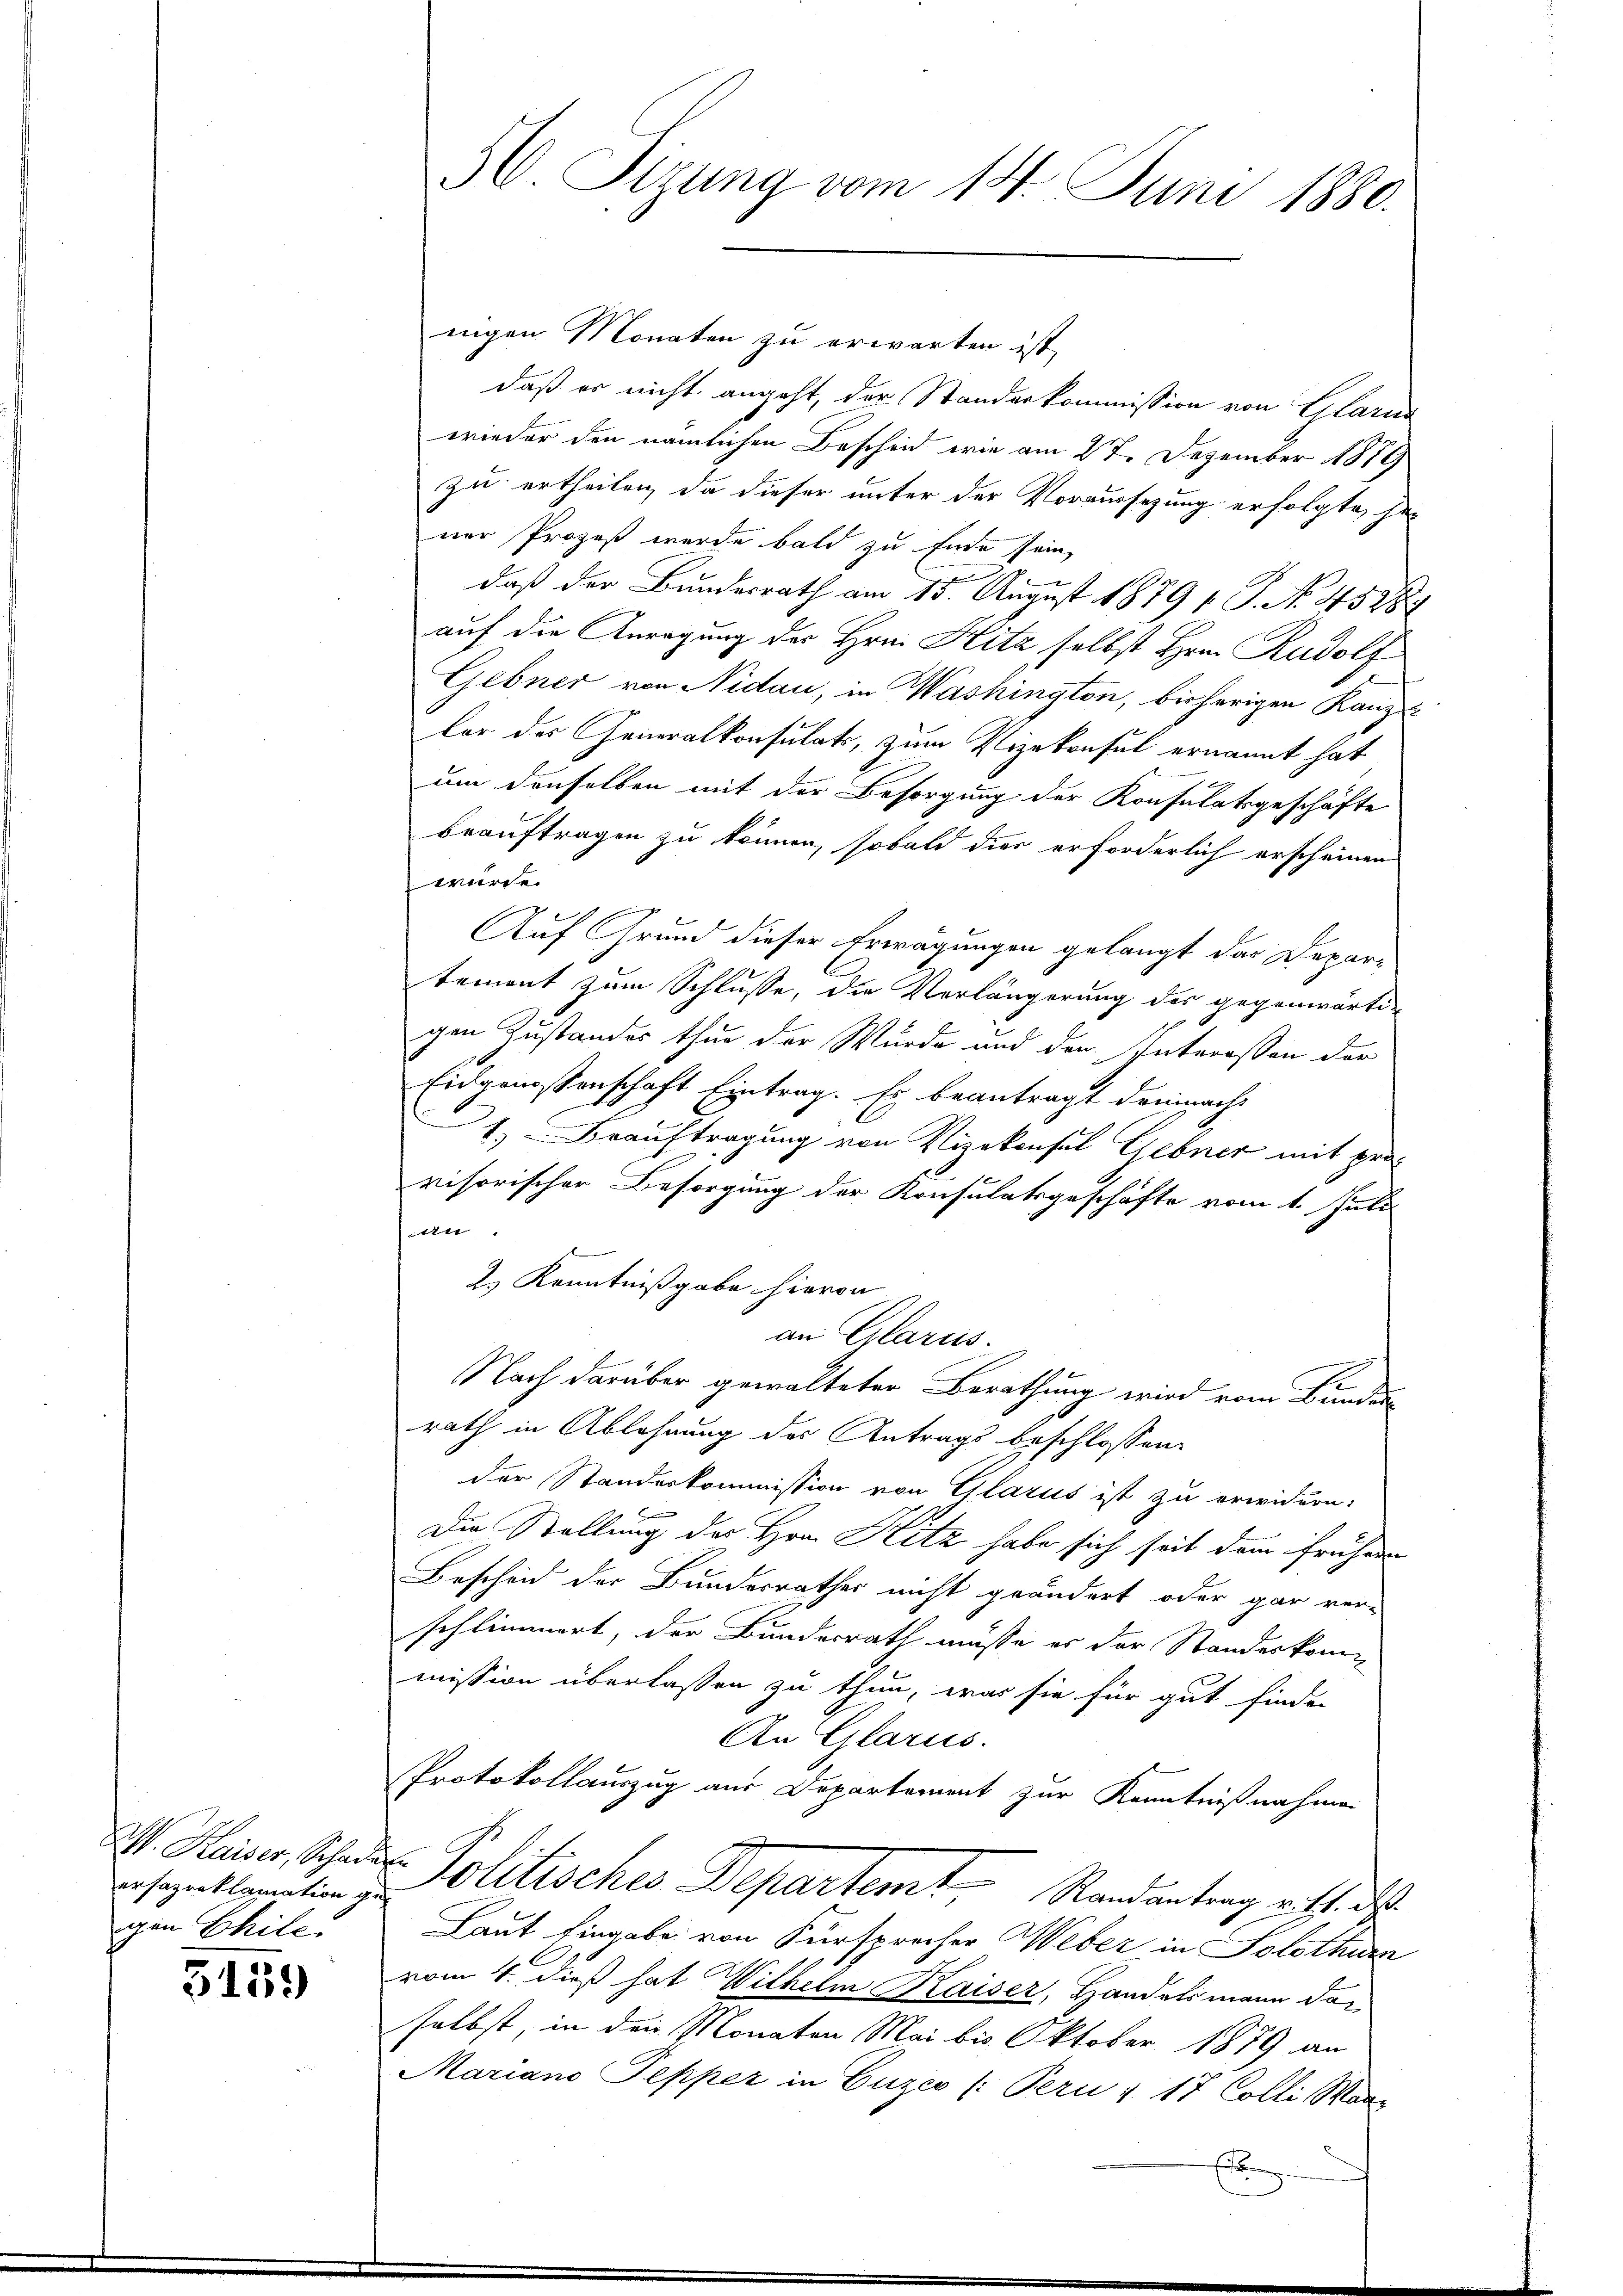
W. Kaiser, Schad-
ersazreklamation ge
gen Chilei

3139

56. Sizung vom 14. Juni 1880.

nigen Monaten zu erwarten ist,
daß er nicht angeht, der Standeskommission von Glarus
wieder den nämlichen Bescheid wie am 27. Dezember 1879
zu ertheilen, da dieser unter der Voraussezung erfolgte, gener Prozeß wurde bald zu Ende sein
daß der Bundesrath am 15. August 1879 f. P. No. 482 89
auf die Anregung des Hrn. Hitz selbst Hrn. Rudolf
Gebner von Nidau, in Washington, bisherigen Kanz-
lor des Generalkonsulats, zum Vizekonsul ernannt hat
um denselben mit der Besorgung der Konsulatsgeschäfte
beauftragen zu können, sobald dies erforderlich erscheinen
wurde.
Auf Grund dieser Erwägungen gelangt das Departement zum Schlusse, die Verlängerung des gegenwärti-
gen Zustandes thue der Wurde und der Interossen der
Eidgenossenschaft Eintrag. Es beantragt demnach
1. Beauftragung von Vizekonsul Gebner mit pro
visorischer Besorgung der Konsulatsgeschäfte vom 1. Juli
t
2.) Kenntnißgabe hievon
an Glarus.
Nach darüber gewalteten Berathung wird vom Bundes-
rath in Ablehnung des Antrags beschlossen:
der Standeskommission von Glarus ist zu erwidern:
Die Stellung des Hrn. Hitz habe sich seit dem frühern
Bescheid der Bundesrathes nicht geändert oder gar ver-
schlimmert, der Bundesrath müsse er der Standeskommission überlassen zu thun, was sie für gut finden
An Glarus.
Protokollauszug aus Departement zur Kenntnißnahme
Politisches Departemt Randentrag gilt, das
Laut Eingabe von Fürsprecher Weber in Solothurn
vom 4. dieß hat Withelm Kaiser, Handelsmann daselbst in den Monaten Mai bis Oktober 1879 an
Mariano Pepper in Euzes (Pern v. 17 Colli Man-

E